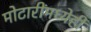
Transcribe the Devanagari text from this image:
मोटारींमध्येही